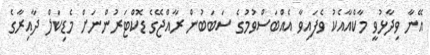
އޭނާ ވިދާޅުވީ މާކްއާއެކު ވެފައިވާ އެއްބަސްވުމުގެ ސަބަބުން ރާއްޖޭގެ ޑޮކްޓަރުންނަށް މެޑިކަލް ދާއިރާގެ